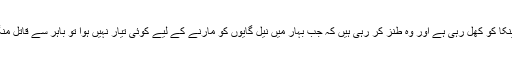
یہ بات اور بھی مینکا کو کھل رہی ہے اور وہ طنز کر رہی ہیں کہ جب بہار میں نیل گایوں کو مارنے کے لیے کوئی تیار نہیں ہوا تو باہر سے قاتل منگائے جا رہے ہیں۔